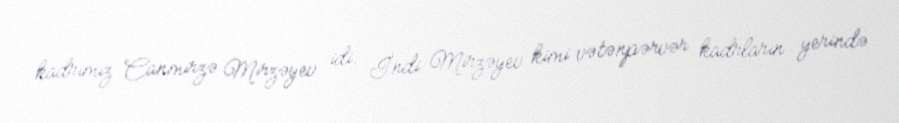
kadrımız Canmirzə Mirzəyev idi. İndi Mirzəyev kimi vətənpərvər kadrların yerində